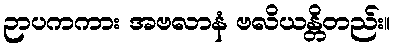
ဉာပကကား အဗလာနံ ဗလိယန္တိတည်း။